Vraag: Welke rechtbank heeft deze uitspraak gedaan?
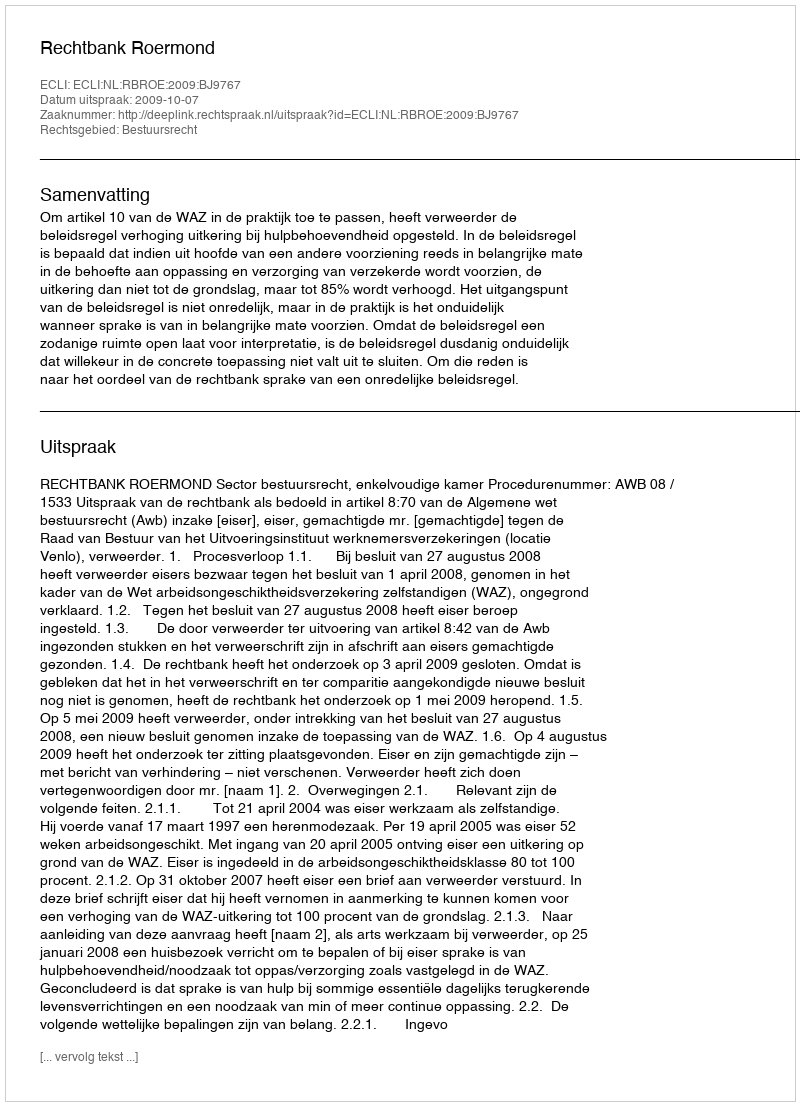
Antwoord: Rechtbank Roermond